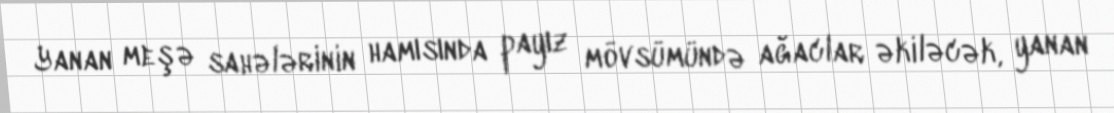
Yanan meşə sahələrinin hamısında payız mövsümündə ağaclar əkiləcək, yanan